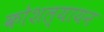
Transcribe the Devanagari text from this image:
कोशल्यायन